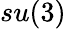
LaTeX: su(3)